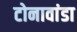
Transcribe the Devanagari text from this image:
टोनावांडा